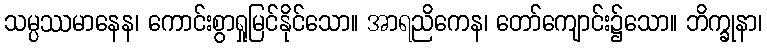
သမ္ပဿမာနေန၊ ကောင်းစွာရှုမြင်နိုင်သော။ အာရညိကေန၊ တော်ကျောင်း၌သော။ ဘိက္ခုနာ၊